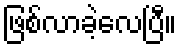
ဖြစ်လာခဲ့လေပြီ။